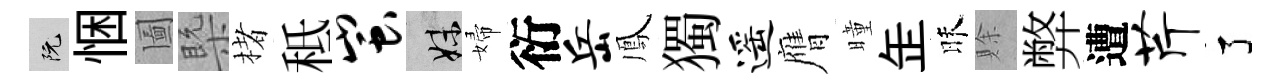
阮悃圗槩楮秪蚩妹婦衍岳鳳獨遥膺曈𦈢昧賖弊遭芹了